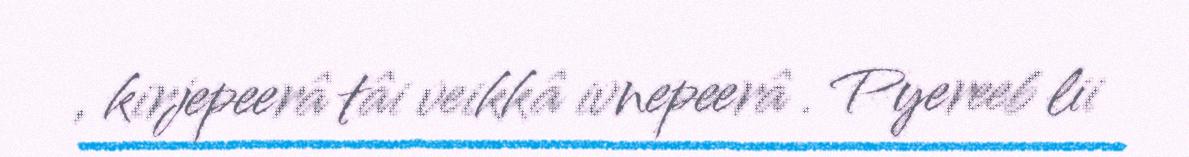
, kirjepeerâ tâi veikkâ ivnepeerâ . Pyereeb lii